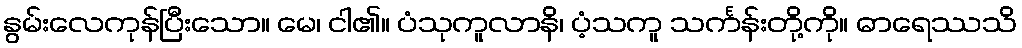
နွမ်းလေကုန်ပြီးသော။ မေ၊ ငါ၏။ ပံသုကူလာနိ၊ ပံ့သကူ သင်္ကန်းတို့ကို။ ဓာရေဿသိ